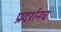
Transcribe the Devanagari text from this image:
प्रदर्शनच